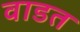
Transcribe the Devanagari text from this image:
वाडत